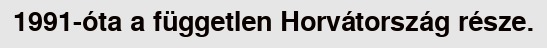
1991-óta a független Horvátország része.